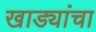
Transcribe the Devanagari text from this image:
खाड्यांचा